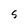
Character: S